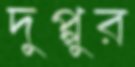
দুপ্পুর